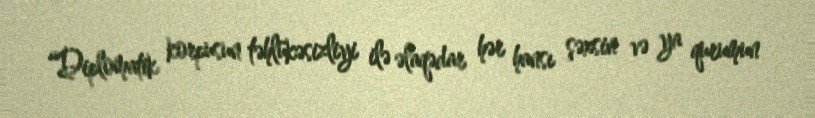
“Diplomatik korpusun təhlükəsizliyi ilə əlaqədar hər hansı şəxsin və ya qurumun